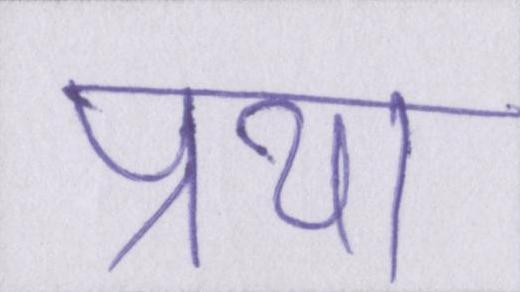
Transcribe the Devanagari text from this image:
प्रथा